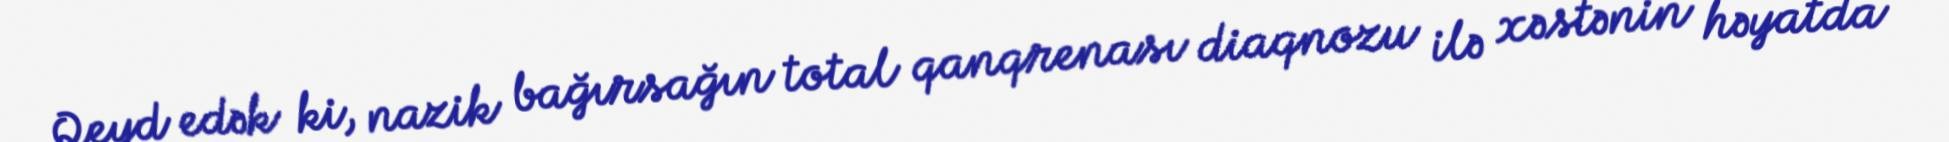
Qeyd edək ki, nazik bağırsağın total qanqrenası diaqnozu ilə xəstənin həyatda